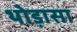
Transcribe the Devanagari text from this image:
थोड़ासा